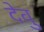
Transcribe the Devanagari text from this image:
देवु